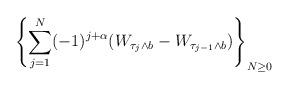
LaTeX: \begin{align*}\left\{ \sum_{j=1}^{N}(-1)^{j+\alpha}(W_{\tau_{j}\wedge b}-W_{\tau_{j-1}\wedge b})\right\} _{N\ge0}\end{align*}